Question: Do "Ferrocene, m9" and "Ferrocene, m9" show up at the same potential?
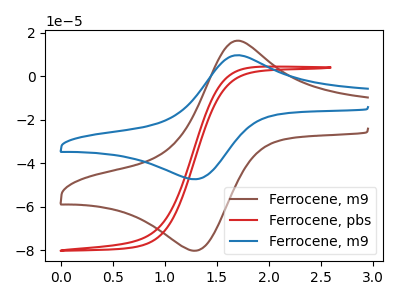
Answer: <think>The brown curve "Ferrocene, m9" has an anodic peak at (1.65V, 15.85uA) and a cathodic peak at (1.25V, -80.25uA). The red curve "Ferrocene, pbs" has no peaks. The blue curve "Ferrocene, m9" has an anodic peak at (1.65V, 9.40uA) and a cathodic peak at (1.25V, -47.40uA).
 All the peaks in "Ferrocene, m9" have a peak in "Ferrocene, m9" at the same potential. Every peak in "Ferrocene, m9" is higher than every peak in "Ferrocene, m9".</think>
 <answer>"Ferrocene, m9" and "Ferrocene, m9" are similar in shape.</answer>
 <eval>same_shape</eval>